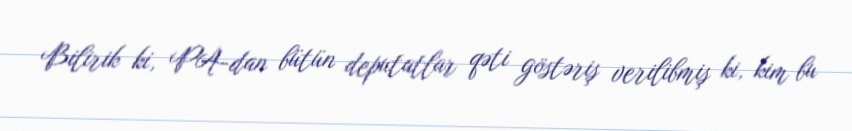
Bilirik ki, PA-dan bütün deputatlar qəti göstəriş verilibmiş ki, kim bu